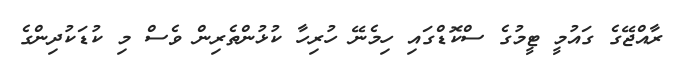
ރާއްޖޭގެ ގައުމީ ޓީމުގެ ސްކޮޑްގައި ހިމެނޭ ހުރިހާ ކުޅުންތެރިން ވެސް މި ކުޑަކުދިންގެ